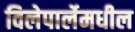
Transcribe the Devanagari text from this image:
विलेपार्लेमधील